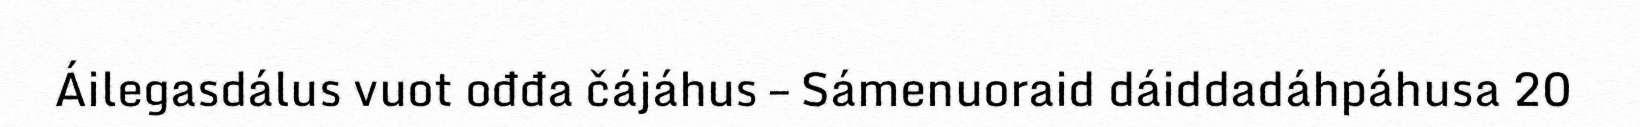
Áilegasdálus vuot ođđa čájáhus – Sámenuoraid dáiddadáhpáhusa 20